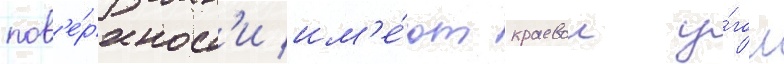
пов'е́рхност'и им'е́ют краевои у́гол